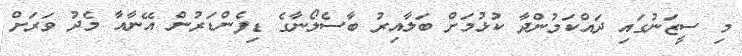
މި ސީޒަނުގައި ދައްކަމުންދާ ކުޅުމަށް ބަލާއިރު ބާސެލޯނާގެ ޑިފެންޑަރުން އޭނާއާ މެދު ވަރަށް